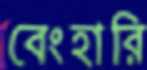
বেংহারি